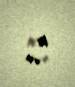
“..